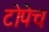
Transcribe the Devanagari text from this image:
टोपेच